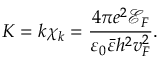
K = k \chi _ { k } = \frac { 4 \pi e ^ { 2 } \mathscr { E } _ { F } } { \varepsilon _ { 0 } \bar { \varepsilon } h ^ { 2 } v _ { F } ^ { 2 } } .